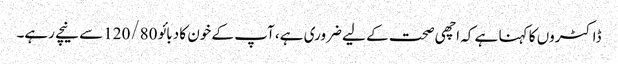
ڈاکٹروں کا کہنا ہے کہ اچھی صحت کے لیے ضروری ہے، آپ کے خون کا دبائو 120/80سے نیچے رہے۔